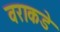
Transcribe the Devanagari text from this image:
वराकडे